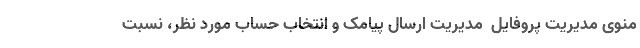
منوی مدیریت پروفایل  مدیریت ارسال پیامک و انتخاب حساب مورد نظر، نسبت